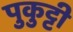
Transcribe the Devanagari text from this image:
पुकुट्टी